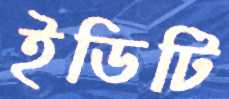
ইডিটি